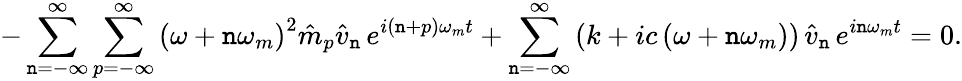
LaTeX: -\sum_{\mathtt{n}=-\infty}^{\infty}\sum_{p=-\infty}^{\infty}\left(\omega+\mathtt{n}\omega_{m}\right)^{2}\hat{{m}}_{p}\hat{{v}}_{\mathtt{n}}\, e^{i(\mathtt{n}+p)\omega_{m}t}+\sum_{\mathtt{n}=-\infty}^{\infty}\left(k+ic\left(\omega+\mathtt{n}\omega_{m}\right)\right)\, \hat{{v}}_{\mathtt{n}}\, e^{i\mathtt{n}\omega_{m}t}=0.